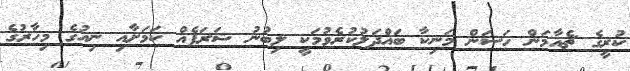
ކުރީގެ ޗެއާމަން ހަސަން މަނިކާ ބައްދަލުކުރެވުމަކީ ލިބުނު ޝަރަފެއް ކަމަށާއި ނިއުގެ މިހާރުގެ